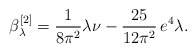
\begin{align*} \beta_{\lambda}^{[2]}=\frac{1}{8\pi^2}\lambda\nu-\frac{25}{12\pi^2}\,e^4\lambda.\end{align*}